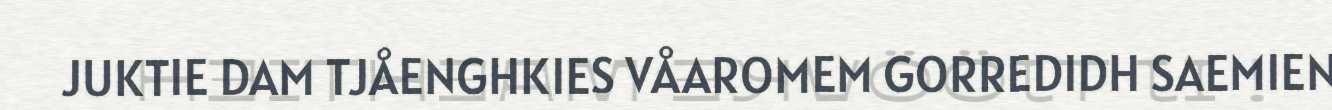
JUKTIE DAM TJÅENGHKIES VÅAROMEM GORREDIDH SAEMIEN